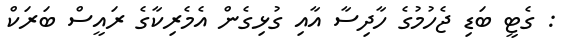
: ގެޓީ ބަޑި ޖެހުމުގެ ހާދިސާ އާއި ގުޅިގެން އެމެރިކާގެ ރައީސް ބަރަކް